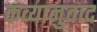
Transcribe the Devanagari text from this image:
कव्यानुवाद